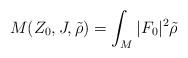
LaTeX: \begin{align*} M(Z_0,J,\tilde\rho)=\int_M|F_0|^2\tilde\rho \end{align*}